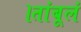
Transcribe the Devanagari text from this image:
।तांबूलं